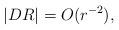
LaTeX: \begin{align*}|DR|=O(r^{-2}), \end{align*}